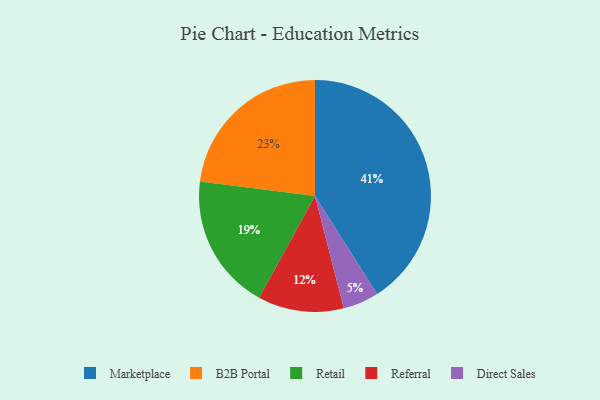
{"axis": {"x": "Category", "y": "Percentage"}, "legend": ["B2B Portal", "Direct Sales", "Marketplace", "Referral", "Retail"], "data": [{"x": "Referral", "y": 12, "type": "Referral"}, {"x": "B2B Portal", "y": 23, "type": "B2B Portal"}, {"x": "Marketplace", "y": 41, "type": "Marketplace"}, {"x": "Direct Sales", "y": 5, "type": "Direct Sales"}, {"x": "Retail", "y": 19, "type": "Retail"}]}